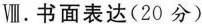
Ⅷ.书面表达(20分)